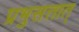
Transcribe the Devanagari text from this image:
प्रभुसत्तात्